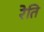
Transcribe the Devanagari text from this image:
रेति